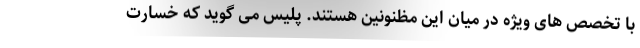
با تخصص های ویژه در میان این مظنونین هستند. پلیس می گوید که خسارت